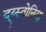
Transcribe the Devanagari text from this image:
द्य्स्तोनिया